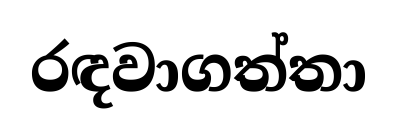
රඳවාගත්තා